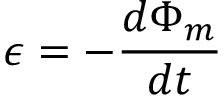
\epsilon = - \frac { d \Phi _ { m } } { d t }